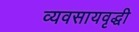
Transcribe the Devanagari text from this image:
व्यवसायवृद्धी